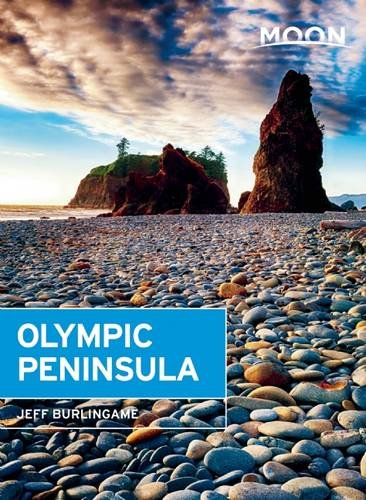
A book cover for Moon Olympic Peninsula (Moon Handbooks); Jeff Burlingame; Travel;